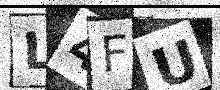
Text: L4FU